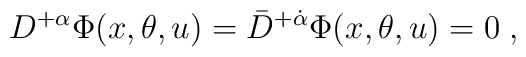
D^{+\alpha}\Phi(x,\theta,u) = \bar D^{+\dot\alpha}\Phi(x,\theta,u) = 0\; ,